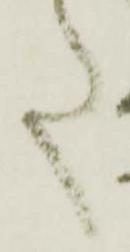
た